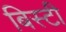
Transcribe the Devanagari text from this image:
बिस्टी